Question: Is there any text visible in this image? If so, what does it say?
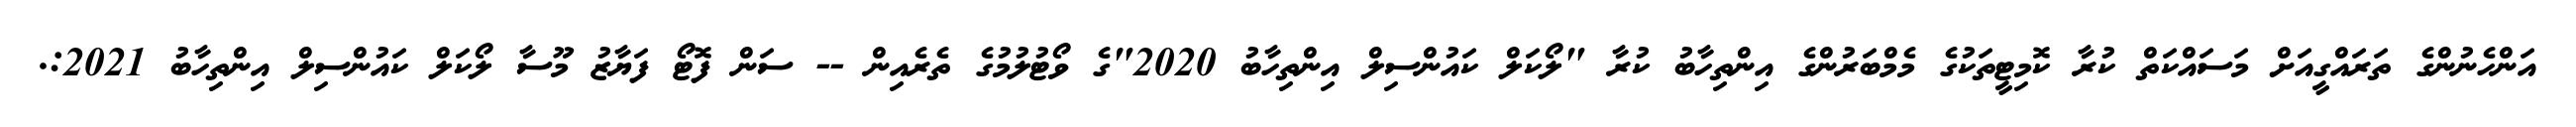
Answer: އަންހެނުންގެ ތަރައްގީއަށް މަސައްކަތް ކުރާ ކޮމިޓީތަކުގެ މެމްބަރުންގެ އިންތިހާބު ކުރާ "ލޯކަލް ކައުންސިލް އިންތިހާބު 2020"ގެ ވޯޓުލުމުގެ ތެރެއިން -- ސަން ފޮޓޯ ފަޔާޒު މޫސާ ލޯކަލް ކައުންސިލް އިންތިހާބު 2021:.